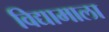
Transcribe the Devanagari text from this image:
विद्यामाला